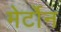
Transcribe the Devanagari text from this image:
मेर्टोन